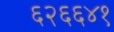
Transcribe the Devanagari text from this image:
६२६६४१